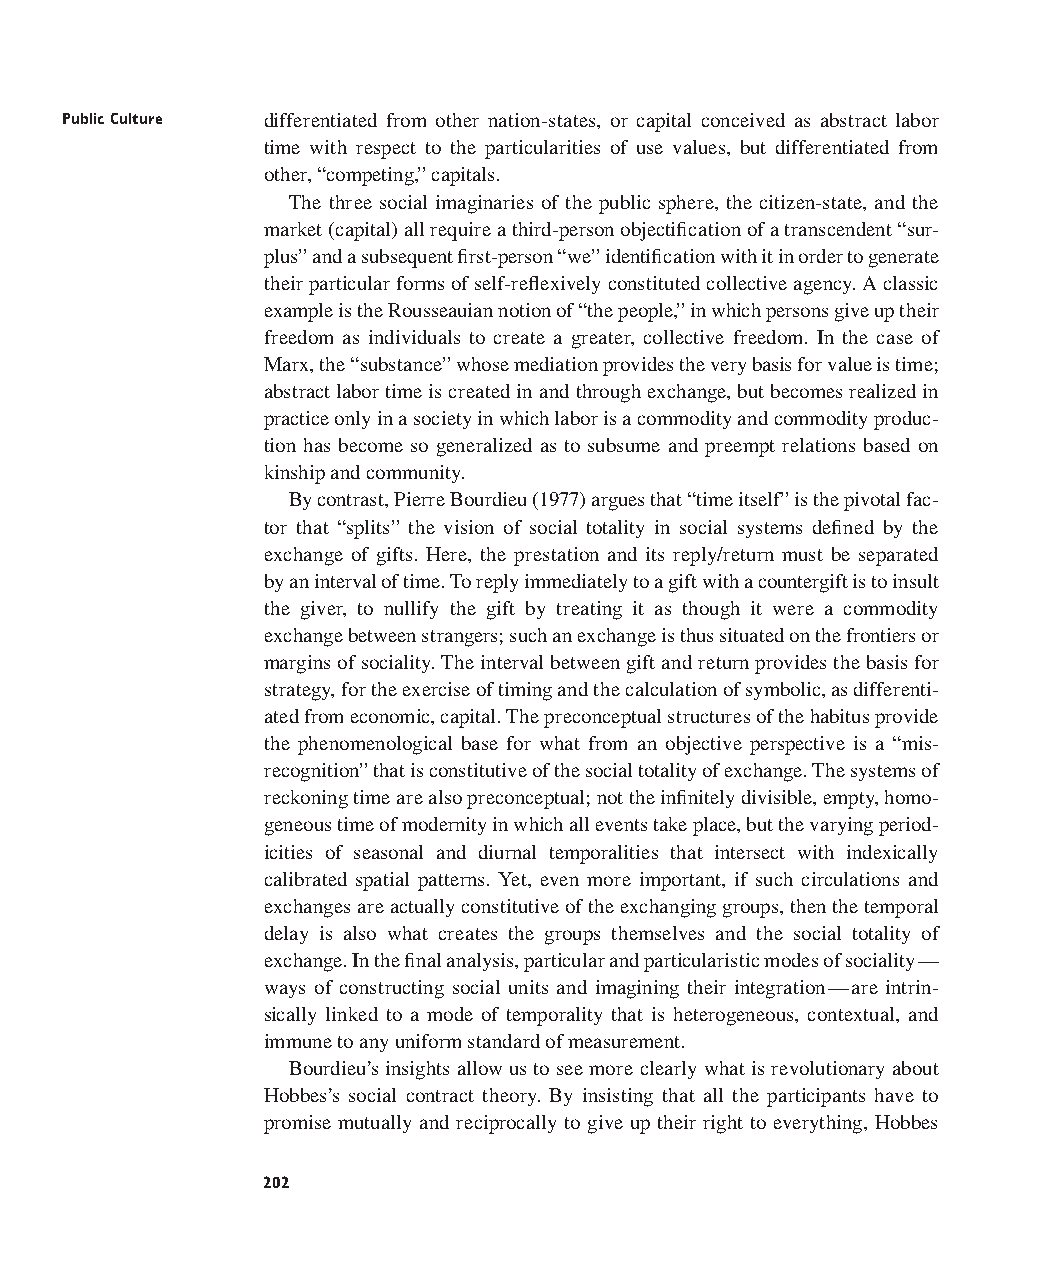
Public Culture differentiated from other nation-states, or capital conceived as abstract labor
 time with respect to the particularities of use values, but differentiated from
 other, “competing,” capitals.
 The three social imaginaries of the public sphere, the citizen-state, and the
 market (capital) all require a third-person objectification of a transcendent “sur-
 plus” and a subsequent first-person “we” identification with it in order to generate
 their particular forms of self-reflexively constituted collective agency. A classic
 example is the Rousseauian notion of “the people,” in which persons give up their
 freedom as individuals to create a greater, collective freedom. In the case of
 Marx, the “substance” whose mediation provides the very basis for value is time;
 abstract labor time is created in and through exchange, but becomes realized in
 practice only in a society in which labor is a commodity and commodity produc-
 tion has become so generalized as to subsume and preempt relations based on
 kinship and community.
 By contrast, Pierre Bourdieu (1977) argues that “time itself” is the pivotal fac-
 tor that “splits” the vision of social totality in social systems defined by the
 exchange of gifts. Here, the prestation and its reply/return must be separated
 by an interval of time. To reply immediately to a gift with a countergift is to insult
 the giver, to nullify the gift by treating it as though it were a commodity
 exchange between strangers; such an exchange is thus situated on the frontiers or
 margins of sociality. The interval between gift and return provides the basis for
 strategy, for the exercise of timing and the calculation of symbolic, as differenti-
 ated from economic, capital. The preconceptual structures of the habitus provide
 the phenomenological base for what from an objective perspective is a “mis-
 recognition” that is constitutive of the social totality of exchange. The systems of
 reckoning time are also preconceptual; not the infinitely divisible, empty, homo-
 geneous time of modernity in which all events take place, but the varying period-
 icities of seasonal and diurnal temporalities that intersect with indexically
 calibrated spatial patterns. Yet, even more important, if such circulations and
 exchanges are actually constitutive of the exchanging groups, then the temporal
 delay is also what creates the groups themselves and the social totality of
 exchange. In the final analysis, particular and particularistic modes of sociality—
 ways of constructing social units and imagining their integration—are intrin-
 sically linked to a mode of temporality that is heterogeneous, contextual, and
 immune to any uniform standard of measurement.
 Bourdieu’s insights allow us to see more clearly what is revolutionary about
 Hobbes’s social contract theory. By insisting that all the participants have to
 promise mutually and reciprocally to give up their right to everything, Hobbes
 202